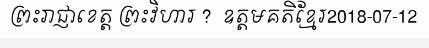
ព្រះរាជ្ញាខេត្ត ព្រះវិហារ ?  ឧត្តមគតិខ្មែរ2018-07-12